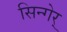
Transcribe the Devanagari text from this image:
सिन्गेर्